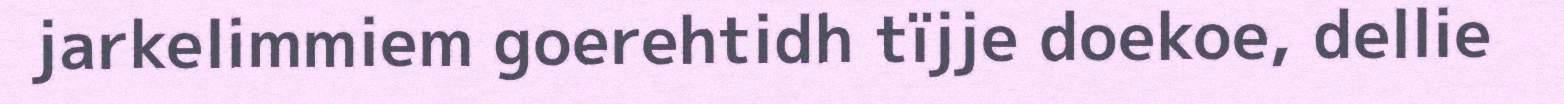
jarkelimmiem goerehtidh tïjje doekoe, dellie